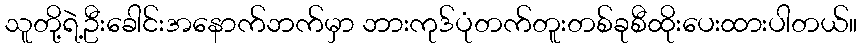
သူတို့ရဲ့ဦးခေါင်းအနောက်ဘက်မှာ ဘားကုဒ်ပုံတက်တူးတစ်ခုစီထိုးပေးထားပါတယ်။